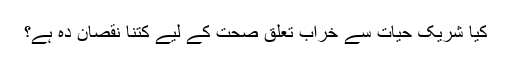
کیا شریک حیات سے خراب تعلق صحت کے لیے کتنا نقصان دہ ہے؟